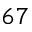
6 7